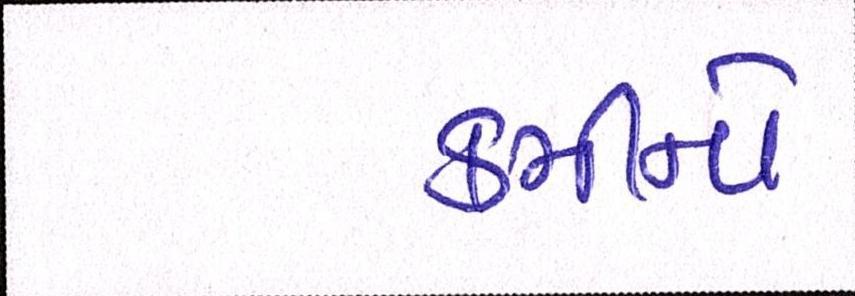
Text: કમીનો